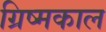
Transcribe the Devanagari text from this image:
ग्रिष्मकाल